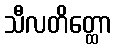
သီလတိတ္ထော